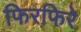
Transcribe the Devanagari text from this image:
फिरफिरे